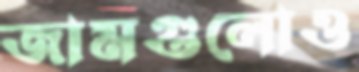
জামগুলোও